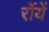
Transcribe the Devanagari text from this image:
र्रोयें